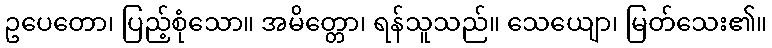
ဥပေတော၊ ပြည့်စုံသော။ အမိတ္တော၊ ရန်သူသည်။ သေယျော၊ မြတ်သေး၏။